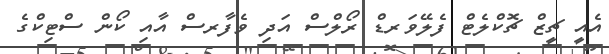
އެއީ ޗީޒް ޗޮކްލެޓް ފެލޭވަރޑް ރޯލްސް އަދި ވެފާރސް އާއި ކޯން ސްޓިކްގެ